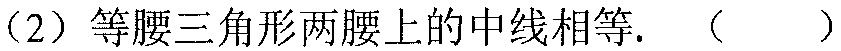
（2）等腰三角形两腰上的中线相等. （  ）